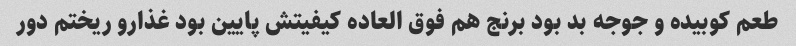
طعم کوبیده و جوجه بد بود برنج هم فوق العاده کیفیتش پایین بود غذارو ریختم دور